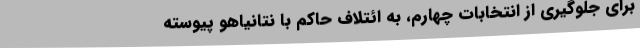
برای جلوگیری از انتخابات چهارم، به ائتلاف حاکم با نتانیاهو پیوسته